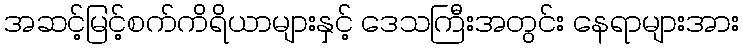
အဆင့်မြင့်စက်ကိရိယာများနှင့် ဒေသကြီးအတွင်း နေရာများအား